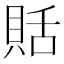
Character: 𧵳